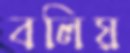
বলিয়